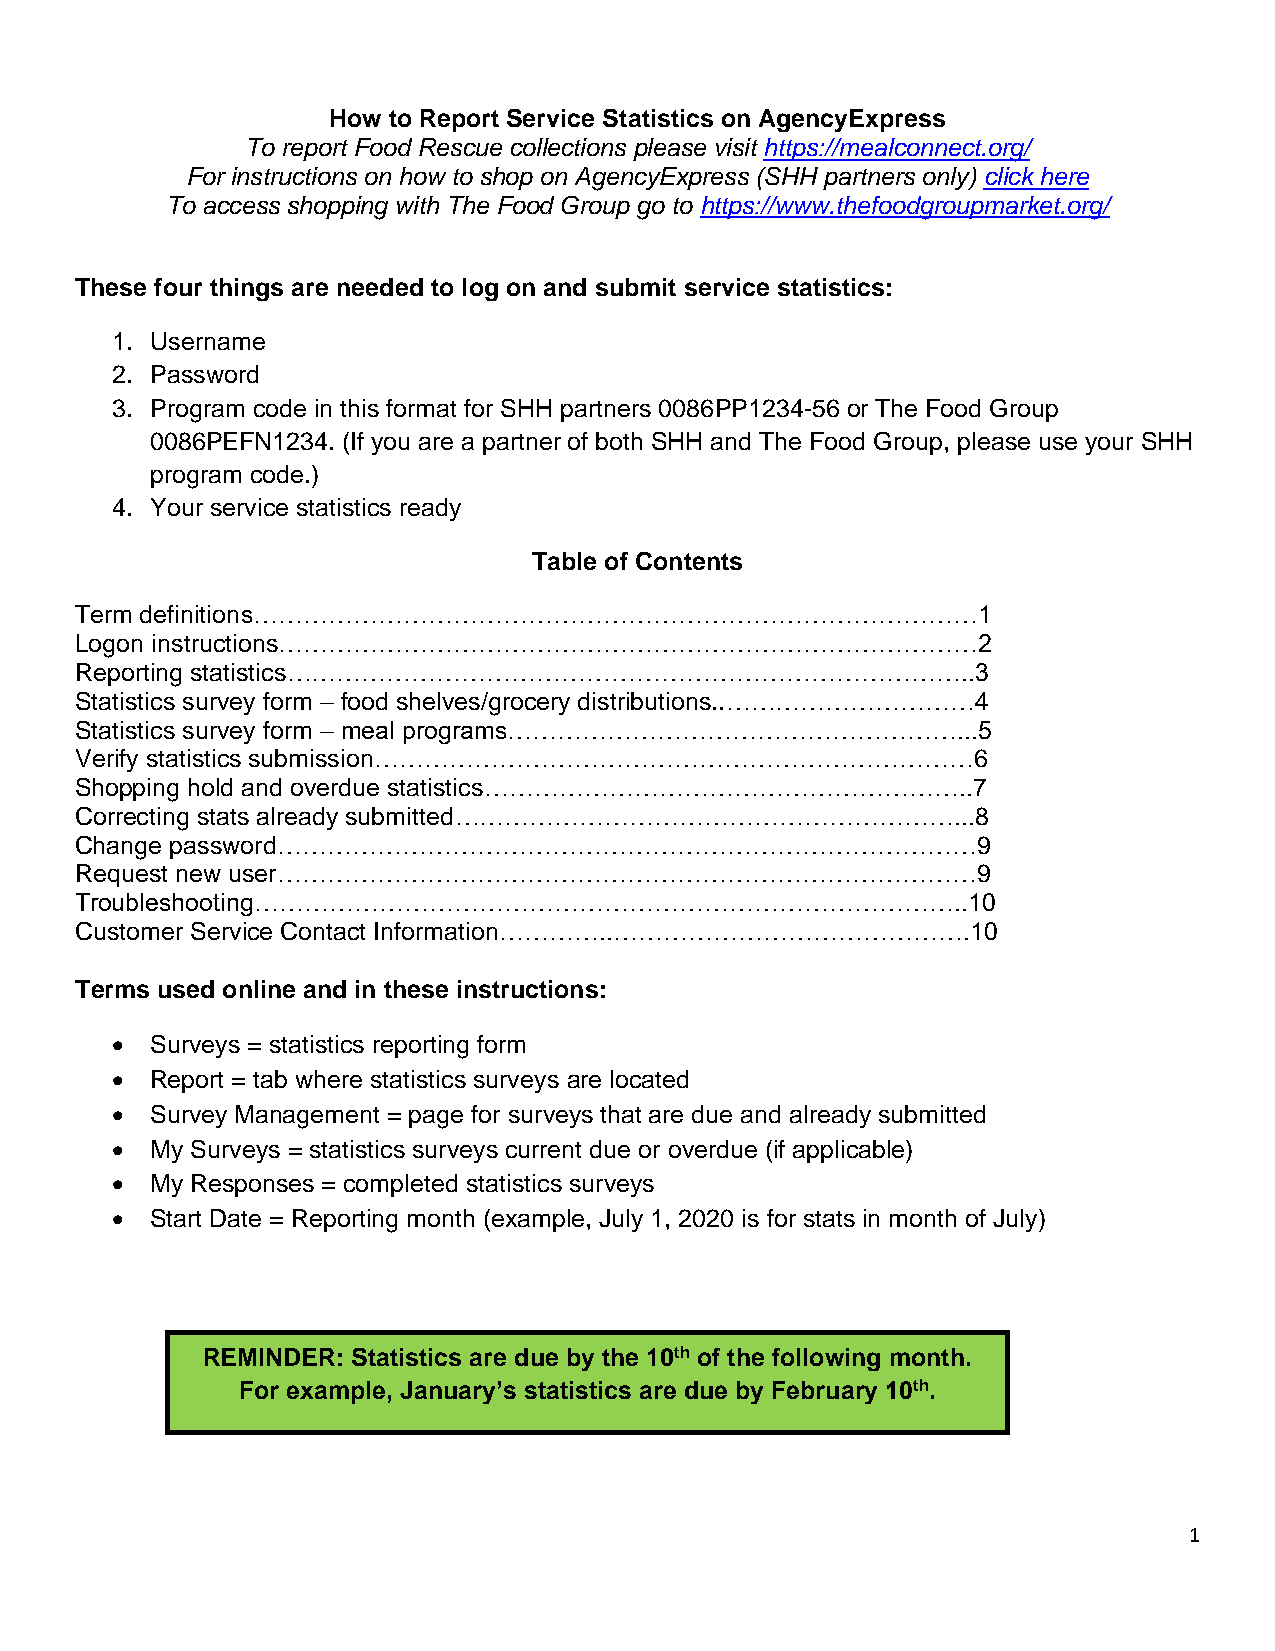
How to Report Service Statistics on AgencyExpress
 To report Food Rescue collections please visit https://mealconnect.org/
 For instructions on how to shop on AgencyExpress (SHH partners only) click here
 To access shopping with The Food Group go to https://www.thefoodgroupmarket.org/
 These four things are needed to log on and submit service statistics:
 1. Username
 2. Password
 3. Program code in this format for SHH partners 0086PP1234-56 or The Food Group
 0086PEFN1234. (If you are a partner of both SHH and The Food Group, please use your SHH
 program code.)
 4. Your service statistics ready
 Table of Contents
 Term definitions……………………………………………………………………………1
 Logon instructions…………………………………………………………………………2
 Reporting statistics………………………………………………………………………..3
 Statistics survey form – food shelves/grocery distributions..…………………………4
 Statistics survey form – meal programs………………………………………………...5
 Verify statistics submission………………………………………………………………6
 Shopping hold and overdue statistics…………………………………………………..7
 Correcting stats already submitted……………………………………………………...8
 Change password…………………………………………………………………………9
 Request new user…………………………………………………………………………9
 Troubleshooting…………………………………………………………………………..10
 Customer Service Contact Information…………..…………………………………….10
 Terms used online and in these instructions:
 •  Surveys = statistics reporting form
 •  Report = tab where statistics surveys are located
 •  Survey Management = page for surveys that are due and already submitted
 •  My Surveys = statistics surveys current due or overdue (if applicable)
 •  My Responses = completed statistics surveys
 •  Start Date = Reporting month (example, July 1, 2020 is for stats in month of July)
 REMINDER: Statistics are due by the 10th of the following month.
 For example, January’s statistics are due by February 10th.
 1